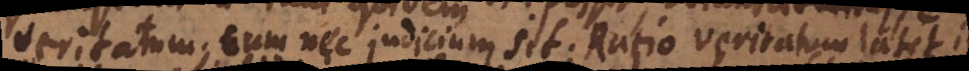
veritatum; cum nec judicium sit. Ratio veritatum latet